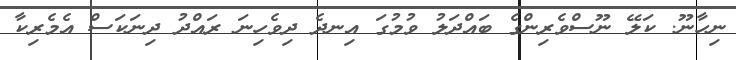
ނިހާނޫ. ކަލޭ ނޫސްވެރިންގެ ބައްދަލު ވުމުގަ އިނދެ ދިވެހިނަ ރައްދު ދިނަކަސް އެމެރިކާ